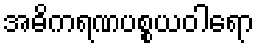
အဓိကရဏပစ္စယဝါရော